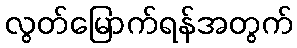
လွတ်မြောက်ရန်အတွက်